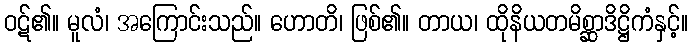
ဝဋ်၏။ မူလံ၊ အကြောင်းသည်။ ဟောတိ၊ ဖြစ်၏။ တာယ၊ ထိုနိယတမိစ္ဆာဒိဋ္ဌိကံနှင့်။